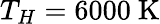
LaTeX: T_{H}=6000\ \mathrm{K}